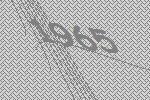
1965